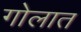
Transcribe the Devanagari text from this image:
गोलात